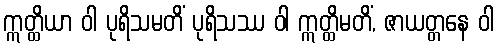
ဣတ္ထိယာ ဝါ ပုရိသမတိံ ပုရိသဿ ဝါ ဣတ္ထိမတိံ, ဇာယတ္တနေ ဝါ